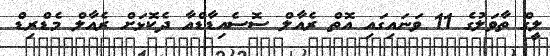
ލީގް ތާވަލުގެ 11 ވަނައިގައި އޮތް ރެއާލް ސޮސެއިޑާޑްއާ ދެކޮޅަށް ރެއާލް މެޑްރިޑް